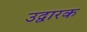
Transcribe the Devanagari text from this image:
उद्वारक